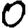
Digit: 0